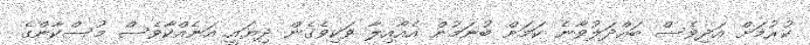
ކުރުމަށް އަދިވެސް ބައްދަލުވާނެ ކަމަށް ބުނަމުން އެއާއިލާ ވަކިވެގެން ދިޔައީ އަނެއްކާވެސް މުސްކާންގެ